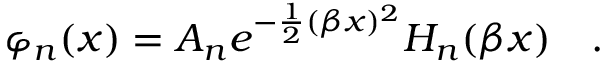
\varphi _ { n } ( x ) = A _ { n } e ^ { - \frac { 1 } { 2 } ( \beta x ) ^ { 2 } } H _ { n } ( \beta x ) \ \ \ .